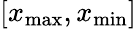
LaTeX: \left[x_{\mathrm{max}},x_{\mathrm{min}}\right]